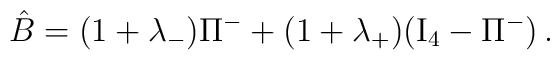
\hat B = (1 + \lambda_-) \Pi^- + (1 + \lambda_+)({\rm I}_4- \Pi^-) \, .